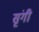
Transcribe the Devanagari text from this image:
सृंगी